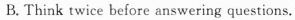
B. Think twice before answering questions.